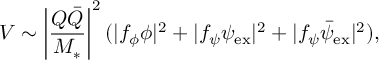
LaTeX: V \sim \left| \frac { Q \bar { Q } } { M _ { * } } \right| ^ { 2 } ( | f _ { \phi } { \phi } | ^ { 2 } + | f _ { \psi } { \psi } _ { \mathrm { e x } } | ^ { 2 } + | f _ { \psi } \bar { \psi } _ { \mathrm { e x } } | ^ { 2 } ) ,